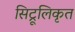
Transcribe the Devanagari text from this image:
सिट्रूलिकृत